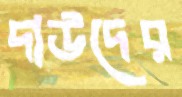
দাউদের